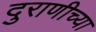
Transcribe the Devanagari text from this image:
दुराणीच्या